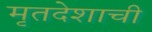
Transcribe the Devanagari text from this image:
मृतदेशाची